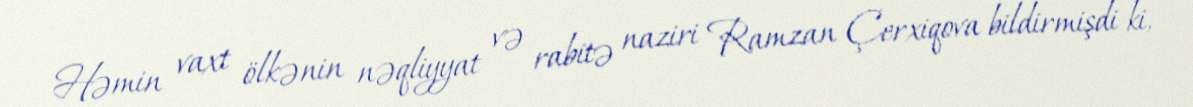
Həmin vaxt ölkənin nəqliyyat və rabitə naziri Ramzan Çerxiqova bildirmişdi ki,